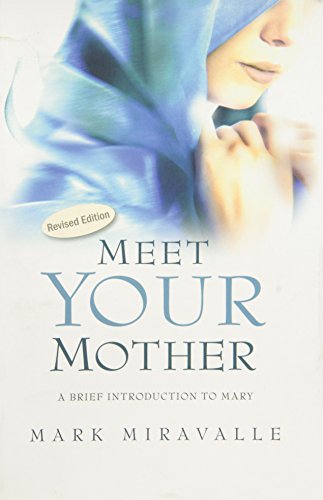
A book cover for Meet Your Mother: A Brief Introduction to Mary; Mark Miravalle; Christian Books & Bibles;